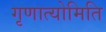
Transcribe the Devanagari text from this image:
गृणात्योमिति